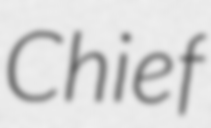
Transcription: Chief